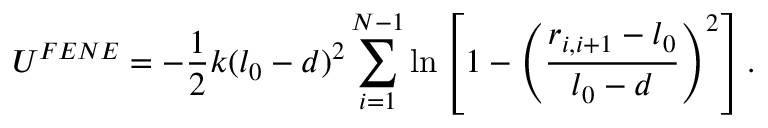
U ^ { F E N E } = - \frac { 1 } { 2 } k ( l _ { 0 } - d ) ^ { 2 } \sum _ { i = 1 } ^ { N - 1 } \ln \left[ { 1 - \left( \frac { r _ { i , i + 1 } - l _ { 0 } } { l _ { 0 } - d } \right) ^ { 2 } } \right] .